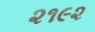
૨૧૯૨